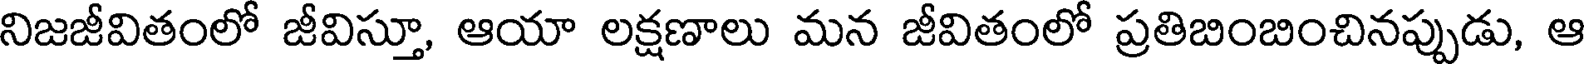
నిజజీవితంలో జీవిస్తూ, ఆయా లక్షణాలు మన జీవితంలో ప్రతిబింబించినప్పుడు, ఆ